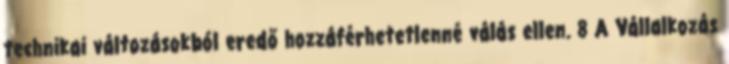
technikai változásokból eredő hozzáférhetetlenné válás ellen. 8 A Vállalkozás